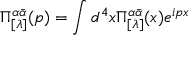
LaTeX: \Pi _ { [ \lambda ] } ^ { \alpha \bar { \alpha } } ( p ) = \int d ^ { 4 } x \Pi _ { [ \lambda ] } ^ { \alpha \bar { \alpha } } ( x ) e ^ { i p x }